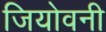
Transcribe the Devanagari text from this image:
जियोवनी